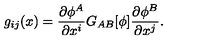
g _ { i j } ( x ) = \frac { \partial \phi ^ { A } } { \partial x ^ { i } } G _ { A B } [ \phi ] \frac { \partial \phi ^ { B } } { \partial x ^ { j } } .